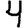
Digit: 4